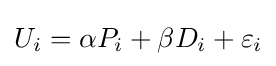
U_{i}=\alpha P_{i}+\beta D_{i}+\varepsilon _{i}